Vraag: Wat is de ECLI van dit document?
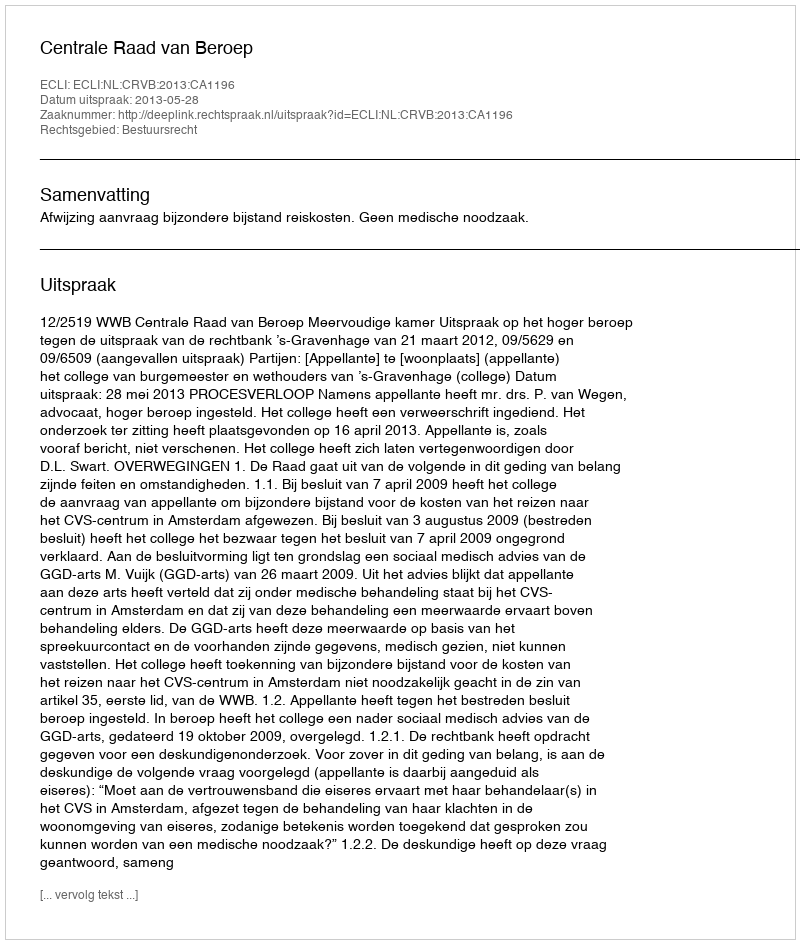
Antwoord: ECLI:NL:CRVB:2013:CA1196